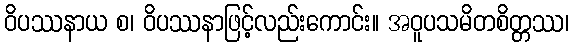
ဝိပဿနာယ စ၊ ဝိပဿနာဖြင့်လည်းကောင်း။ အဝူပသမိတစိတ္တဿ၊